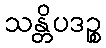
သန္တိပဒဉ္စ